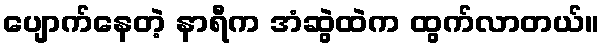
ပျောက်နေတဲ့ နာရီက အံဆွဲထဲက ထွက်လာတယ်။